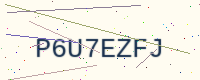
Text: P6U7EZFJ